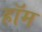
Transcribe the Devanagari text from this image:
हॉम